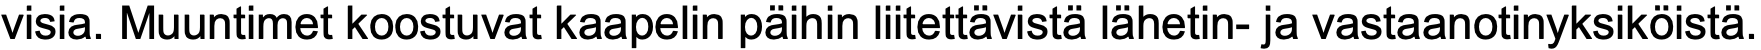
visia. Muuntimet koostuvat kaapelin päihin liitettävistä lähetin- ja vastaanotinyksiköistä.